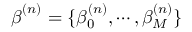
\boldsymbol { \beta } ^ { ( n ) } = \{ \beta _ { 0 } ^ { ( n ) } , \cdots , \beta _ { M } ^ { ( n ) } \}